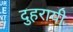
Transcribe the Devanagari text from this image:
दुहरायी